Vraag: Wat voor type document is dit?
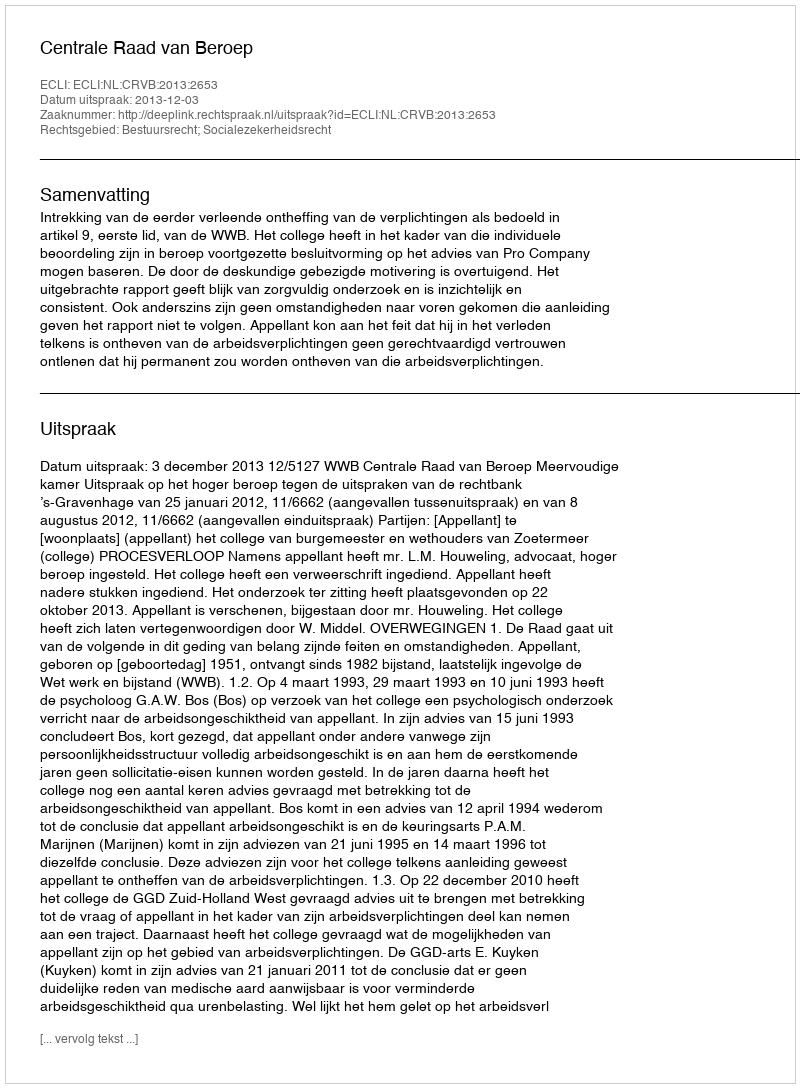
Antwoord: Uitspraak